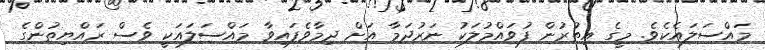
މައްސަލައެކެވެ. މީގެ އިތުރުން ފުވައްމުލަކު ނަރުދަމާ އަށް ދިމާވެފައިވާ މައްސަލައަކީ ވެސް ރައްޔިތުންގެ